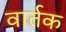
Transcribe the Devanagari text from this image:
वार्तक